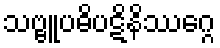
သဗ္ဗူပဓိပဋိနိဿဂ္ဂေ